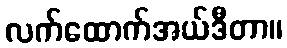
လက်ထောက်အယ်ဒီတာ။